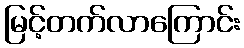
မြင့်တက်လာကြောင်း